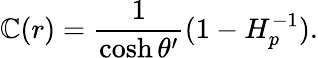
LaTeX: \mathbb{C}(r)={\frac{{1}}{{\cosh\theta^{\prime}}}}(1-H_{p}^{-1}).